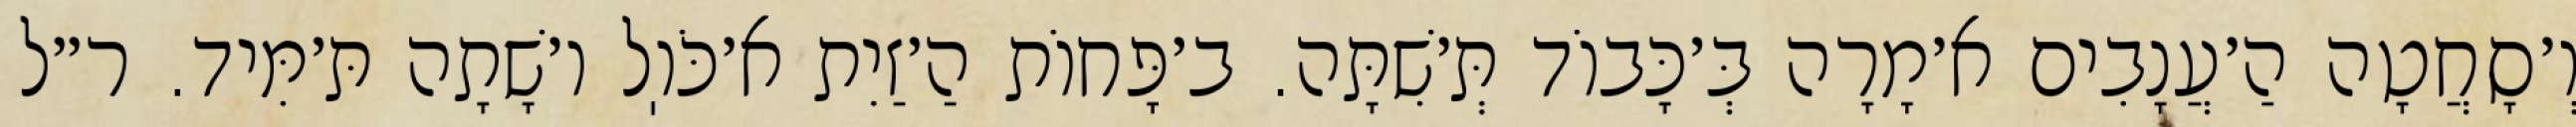
וְ׳סָחֲטָה הַ׳עֲנָבִים א׳מָרָה בְּ׳כָּבוֹד תְּ׳שִׁתָּה. ב׳פָּחוֹת הַ׳זַיִת א׳כֹּוֽל ו׳שָׁתָה תּ׳מִּיד. ר״ל